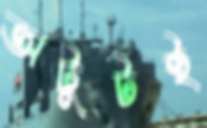
অটুটই